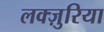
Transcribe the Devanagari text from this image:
लक्ज़ुरिया